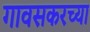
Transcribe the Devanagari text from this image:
गावसकरच्या